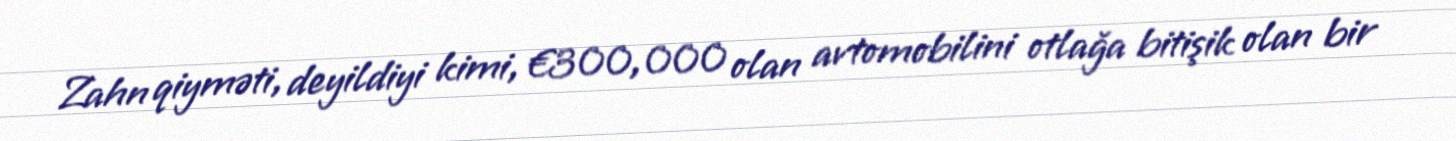
Zahn qiyməti, deyildiyi kimi, €300,000 olan avtomobilini otlağa bitişik olan bir